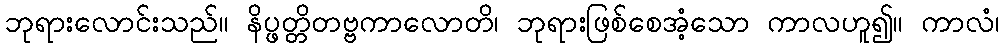
ဘုရားလောင်းသည်။ နိပ္ဖတ္တိတဗ္ဗကာလောတိ၊ ဘုရားဖြစ်စေအံ့သော ကာလဟူ၍။ ကာလံ၊